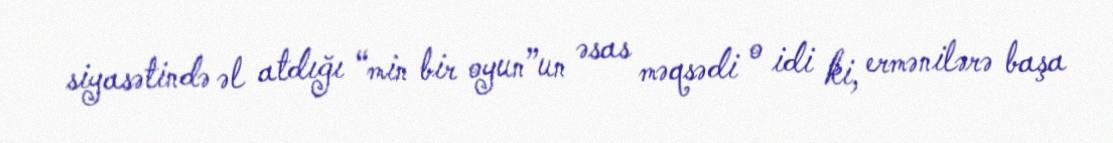
siyasətində əl atdığı “min bir oyun”un əsas məqsədi o idi ki, ermənilərə başa